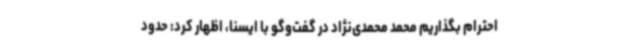
احترام بگذاریم محمد محمدی‌نژاد در گفت‌وگو با ایسنا، اظهار کرد: حدود